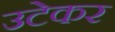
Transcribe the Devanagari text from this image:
उटेकर